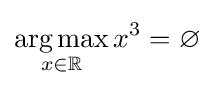
{\underset {x\in \mathbb {R} }{\operatorname {arg\,max} }}\,x^{3}=\varnothing